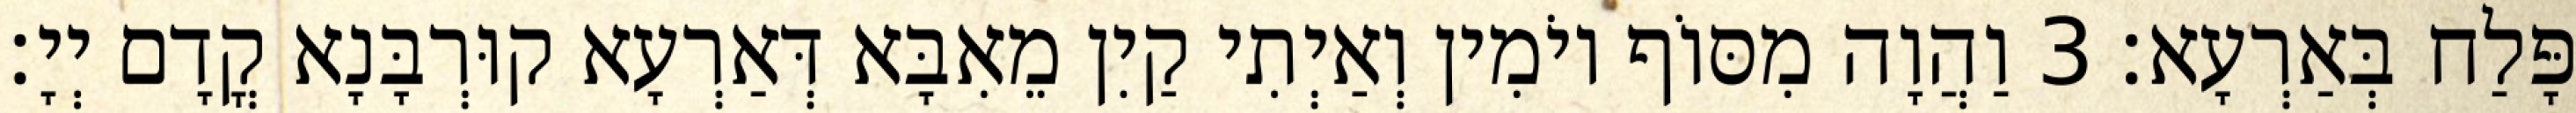
פָּלַח בְּאַרְעָא׃ 3 וַהֲוָה מִסּוֹף יוֹמִין וְאַיְתִי קַיִן מֵאִבָּא דְּאַרְעָא קוּרְבָּנָא קֳדָם יְיָ׃